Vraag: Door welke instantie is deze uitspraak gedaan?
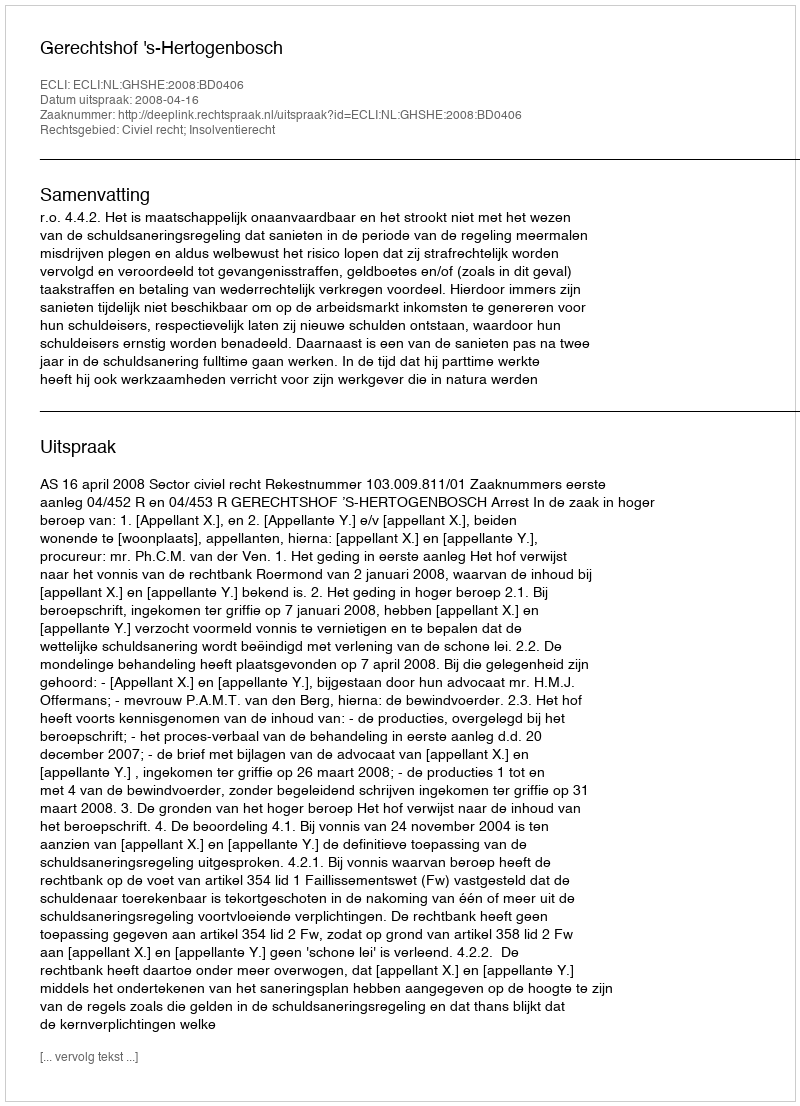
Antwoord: Gerechtshof 's-Hertogenbosch